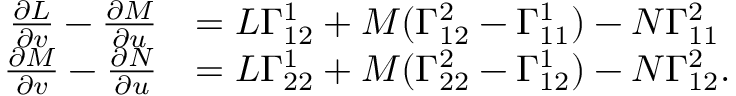
{ \begin{array} { r l } { { \frac { \partial L } { \partial v } } - { \frac { \partial M } { \partial u } } } & { = L \Gamma _ { 1 2 } ^ { 1 } + M ( \Gamma _ { 1 2 } ^ { 2 } - \Gamma _ { 1 1 } ^ { 1 } ) - N \Gamma _ { 1 1 } ^ { 2 } } \\ { { \frac { \partial M } { \partial v } } - { \frac { \partial N } { \partial u } } } & { = L \Gamma _ { 2 2 } ^ { 1 } + M ( \Gamma _ { 2 2 } ^ { 2 } - \Gamma _ { 1 2 } ^ { 1 } ) - N \Gamma _ { 1 2 } ^ { 2 } . } \end{array} }